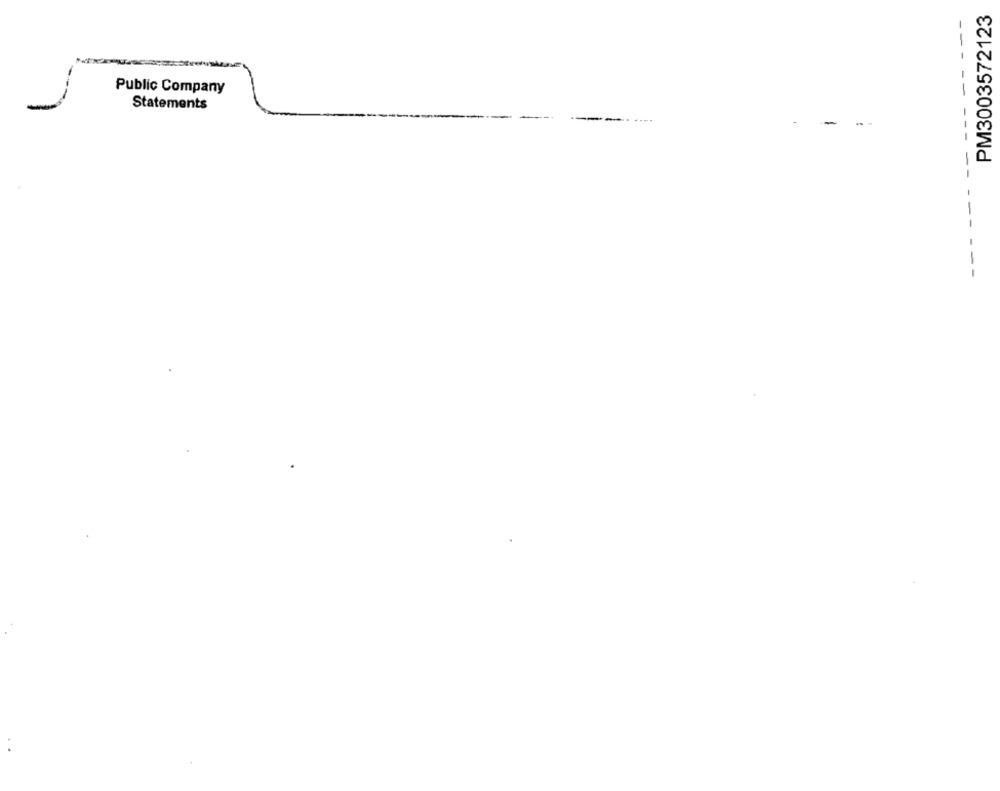
PM3003572123
-
Public Company
--
Statements
-
-
--
-
--